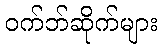
ဝက်ဘ်ဆိုက်များ